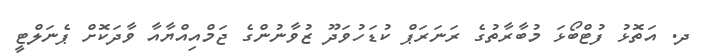
ދ. އަތޮޅު ފުޓްބޯޅަ މުބާރާތުގެ ރަނަރަޕް ކުޑަހުވަދޫ ޒުވާނުންގެ ޖަމްއިއްޔާއާ ވާދަކޮށް ޕެނަލްޓީ